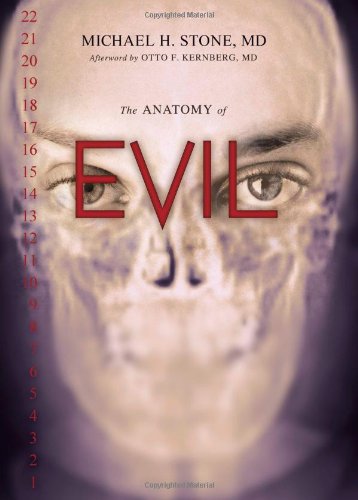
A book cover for The Anatomy of Evil; Michael H. Stone; Medical Books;